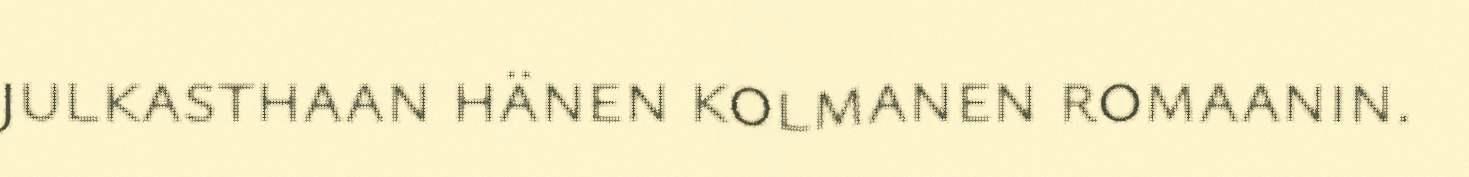
julkasthaan hänen kolmanen romaanin.